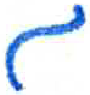
אות: ג